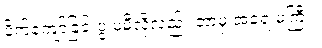
ပိုက်ကျော်ခြင်းပွဲ မမီလို့လည်း ဘာမှ အရေးမကြီး။